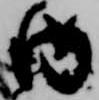
内